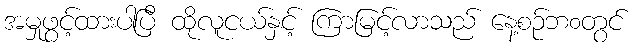
အမှုဖွင့်ထားပါပြီ ထိုလူငယ်နှင့် ကြာမြင့်လာသည် နေ့စဉ်ဘ၀တွင်